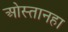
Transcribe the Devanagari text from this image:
ओस्तानहा